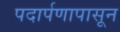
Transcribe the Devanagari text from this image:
पदार्पणापासून